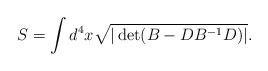
\begin{align*} S=\int d^4x\sqrt{|\det(B-DB^{-1}D)|}.\end{align*}